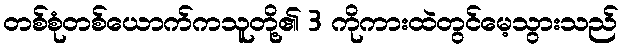
တစ်စုံတစ်ယောက်ကသူတို့၏ 3 ကိုကားထဲတွင်မေ့သွားသည်